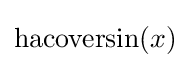
\operatorname {hacoversin} (x)